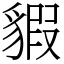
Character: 貑